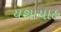
યશાયાહ